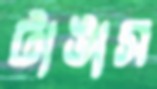
টাঙাস